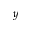
y